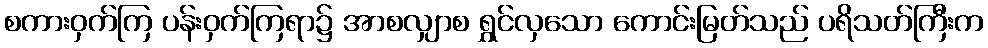
စကားဝှက်ကြ ပန်းဝှက်ကြရာ၌ အာစလျှာစ ရွှင်လှသော ကောင်းမြတ်သည် ပရိသတ်ကြီးက